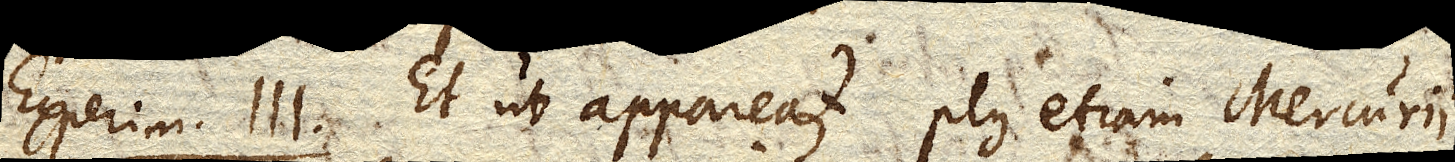
Experim. III. Et ut appareat plus etiam Mercurii